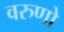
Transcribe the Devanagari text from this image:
वरुणो